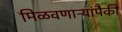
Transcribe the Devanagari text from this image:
मिळवणाऱ्यांपैकी